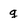
Character: g